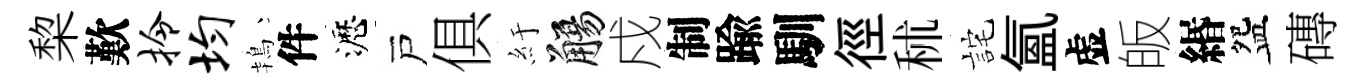
棃歎拎均鴇件瀝戸俱紆觴戍制踰馴徑秫詫氳虚皈緡盌磚